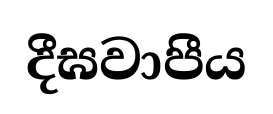
දීඝවාපීය